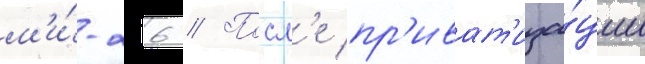
м'и́-26 // Посл'е пр'иват'иза́ции